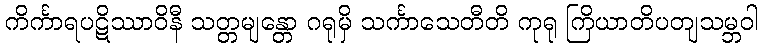
ကိင်္ကာရပဋိဿာဝိနီ သတ္တမျန္တော ဂရုမှိ သင်္ကာသေတီတိ ကုရု ကြိယာတိပတျသမ္ဘဝါ